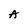
Character: A